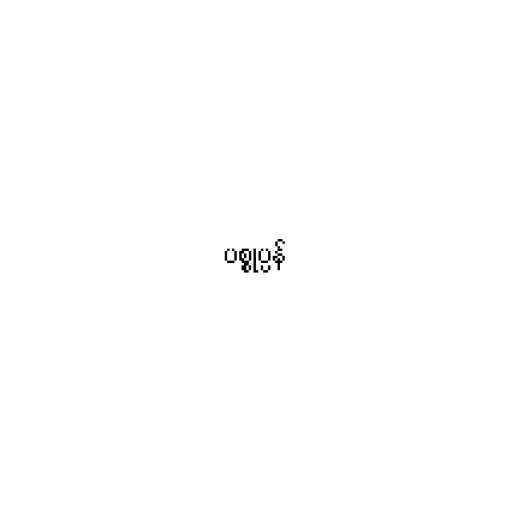
ပစ္စုပ္ပန်